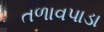
તળાવપાડા